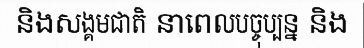
និងសង្គមជាតិ នាពេលបច្ចុប្បន្ន និង